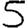
Digit: 5